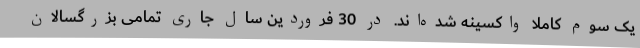
یک سوم کاملا واکسینه شده‌اند. در 30 فروردین سال جاری تمامی بزرگسالان